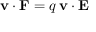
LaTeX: \mathbf { v } \cdot \mathbf { F } = q \, \mathbf { v } \cdot \mathbf { E }